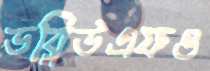
ডব্লিউএফও